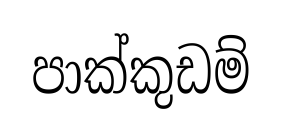
පාක්කුඩම්